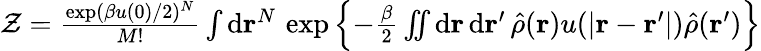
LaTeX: \begin{array}{r}{\mathcal{Z}=\frac{\exp(\beta u(0)/2)^{N}}{M!}\int\mathrm{d}\mathbf{r}^{N}\, \exp\left\{ -\frac{\beta}{2}\iint\mathrm{d}\mathbf{r}\, \mathrm{d}\mathbf{r}^{\prime}\, \hat{\rho}(\mathbf{r})u(\vert\mathbf{r}-\mathbf{r}^{\prime}\vert)\hat{\rho}(\mathbf{r}^{\prime})\right\} }\end{array}